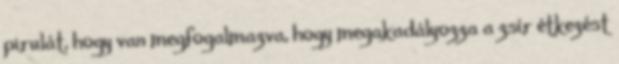
pirulát, hogy van megfogalmazva, hogy megakadályozza a zsír étkezést